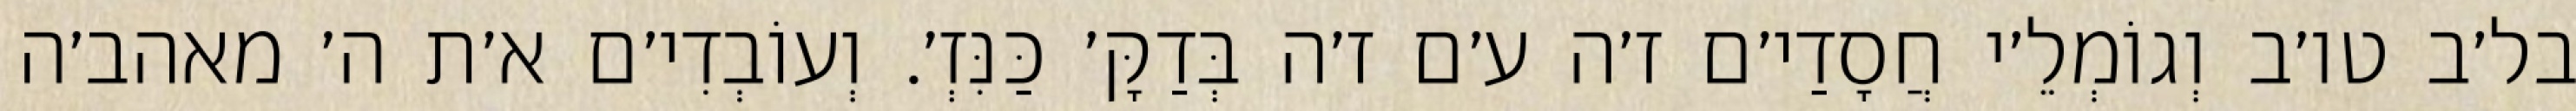
בל׳ב טו׳ב וְגוֹמְלֵ׳י חֲסָדַי׳ם ז׳ה ע׳ם ז׳ה בְּדַקָּ׳ כַּנִּזְ׳. וְעוֹבְדִי׳ם א׳ת ה׳ מאהב׳ה